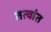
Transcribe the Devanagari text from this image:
तत्वांत